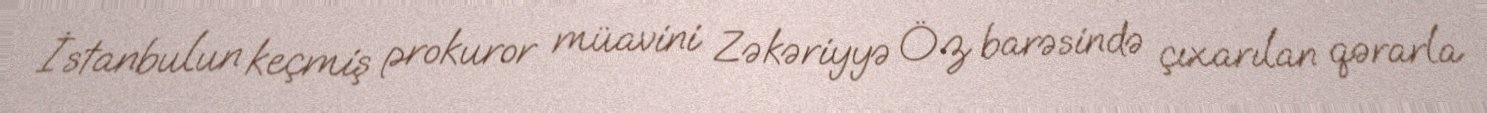
İstanbulun keçmiş prokuror müavini Zəkəriyyə Öz barəsində çıxarılan qərarla